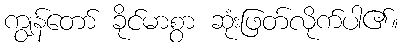
ကျွန်တော် ခိုင်မာစွာ ဆုံးဖြတ်လိုက်ပါ၏။